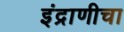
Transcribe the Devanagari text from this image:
इंद्राणीचा